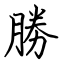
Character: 勝